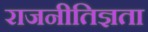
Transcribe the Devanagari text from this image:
राजनीतिज्ञता